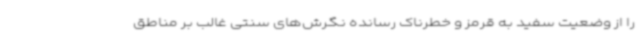
را از وضعیت سفید به قرمز و خطرناک رسانده نگرش‌های سنتی غالب بر مناطق